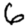
Digit: 6